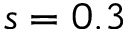
s = 0 . 3